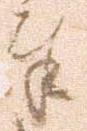
奉